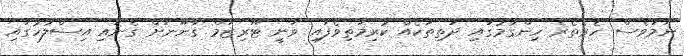
ނަމަވެސް ހެރެތެރެ ހިންގުމުގައި ދަތިތަކެއް ކުރިމަތިވެފައި ވަނީ ޓޫރިޒަމް ގާނޫނަށް ގެނައި އިސްލާހުގައި